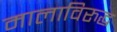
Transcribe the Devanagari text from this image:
मालाविरुद्ध